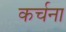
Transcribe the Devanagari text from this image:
कर्चना